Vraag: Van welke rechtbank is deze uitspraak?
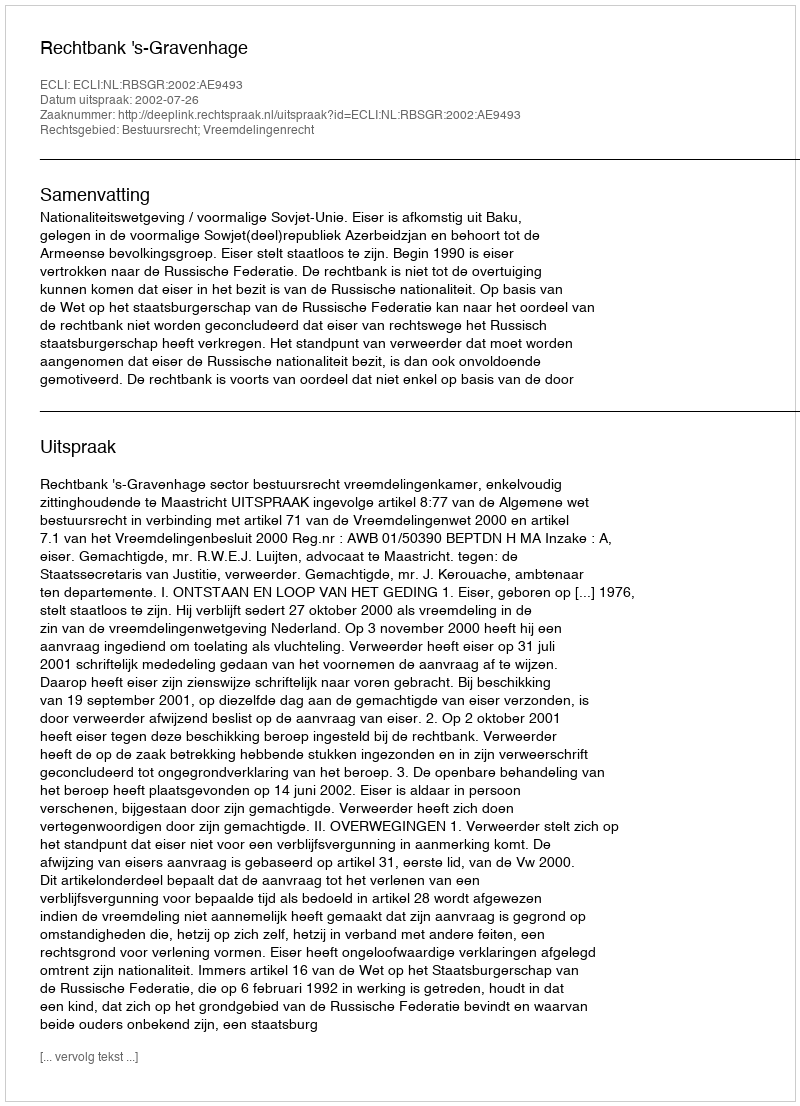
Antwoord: Rechtbank 's-Gravenhage